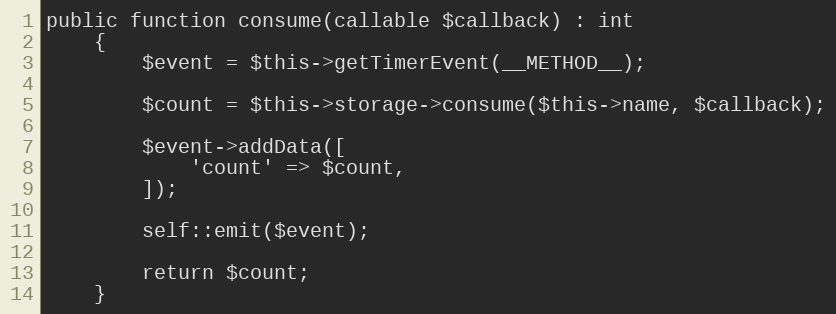
Language: PHP
public function consume(callable $callback) : int
    {
        $event = $this->getTimerEvent(__METHOD__);

        $count = $this->storage->consume($this->name, $callback);

        $event->addData([
            'count' => $count,
        ]);

        self::emit($event);

        return $count;
    }